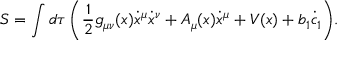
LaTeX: S = \int { d \tau \left( \frac { 1 } { 2 } g _ { \mu \nu } ( x ) \dot { x } ^ { \mu } \dot { x } ^ { \nu } + A _ { \mu } ( x ) \dot { x } ^ { \mu } + V ( x ) + b _ { 1 } \dot { c } _ { 1 } \right) } .